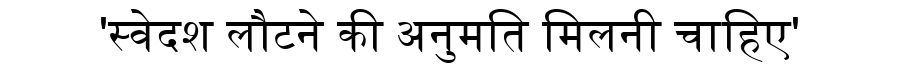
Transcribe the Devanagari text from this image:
'स्वेदश लौटने की अनुमति मिलनी चाहिए'